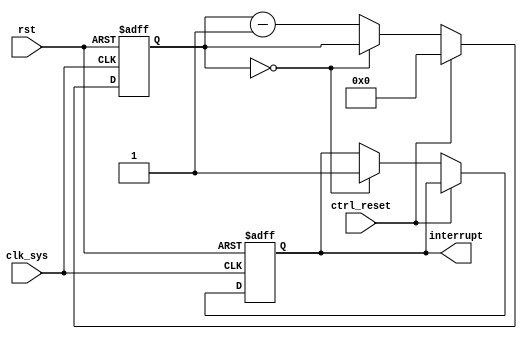
module watchdog_timer (
    input wire clk_sys, // System clock input
    input wire rst, // Reset signal input
    input wire ctrl_reset, // Controller reset signal input
    output reg interrupt // Interrupt signal output
);

reg [15:0] timer; // 16-bit timer register

always @(posedge clk_sys or posedge rst) begin
    if (rst) begin
        timer <= 16'd0; // Initialize timer with predefined value
        interrupt <= 1'b0; // Reset interrupt signal
    end
    else begin
        if (ctrl_reset) begin
            timer <= 16'd0; // Reset timer if controller reset signal is asserted
        end
        else begin
            if (timer == 16'd0) begin
                interrupt <= 1'b1; // Generate interrupt signal if timer reaches zero
            end
            else begin
                timer <= timer - 1; // Decrement timer value
            end
        end
    end
end

endmodule